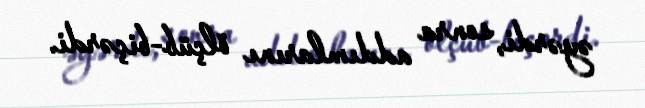
əyərdi, sonra addımlarını ölçüb-biçərdi.